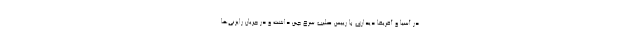
در آسیا و آفریقا دیداری با رییس صلیب سرخ چین داشت و در جریان رایزنی‌ها